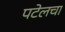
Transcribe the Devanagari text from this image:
पटेलचा